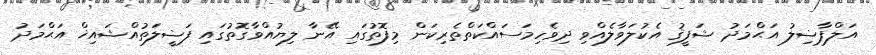
އަލްފާޟިލު އަޙްމަދު ޝަފީޤު އެކުލަވާލެއްވި ދިވެހިމަސައްކަތްތެރިކަން މިފޮތުގައި އޭނާ ލިޔުއްވާގޮތުގައި ފަޟީލަތުއްޝައިޚް އަޙްމަދު